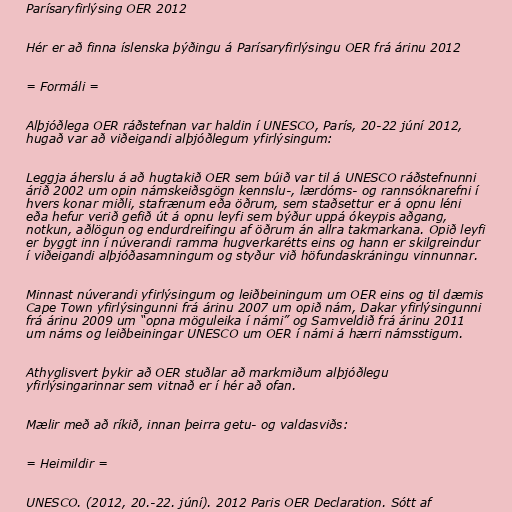
Parísaryfirlýsing OER 2012

Hér er að finna íslenska þýðingu á Parísaryfirlýsingu OER frá árinu 2012

= Formáli =

Alþjóðlega OER ráðstefnan var haldin í UNESCO, París, 20-22 júní 2012,
hugað var að viðeigandi alþjóðlegum yfirlýsingum:

Leggja áherslu á að hugtakið OER sem búið var til á UNESCO ráðstefnunni
árið 2002 um opin námskeiðsgögn kennslu-, lærdóms- og rannsóknarefni í
hvers konar miðli, stafrænum eða öðrum, sem staðsettur er á opnu léni
eða hefur verið gefið út á opnu leyfi sem býður uppá ókeypis aðgang,
notkun, aðlögun og endurdreifingu af öðrum án allra takmarkana. Opið leyfi
er byggt inn í núverandi ramma hugverkarétts eins og hann er skilgreindur
í viðeigandi alþjóðasamningum og styður við höfundaskráningu vinnunnar.

Minnast núverandi yfirlýsingum og leiðbeiningum um OER eins og til dæmis
Cape Town yfirlýsingunni frá árinu 2007 um opið nám, Dakar yfirlýsingunni
frá árinu 2009 um “opna möguleika í námi” og Samveldið frá árinu 2011
um náms og leiðbeiningar UNESCO um OER í námi á hærri námsstigum.

Athyglisvert þykir að OER stuðlar að markmiðum alþjóðlegu
yfirlýsingarinnar sem vitnað er í hér að ofan.

Mælir með að ríkið, innan þeirra getu- og valdasviðs:

= Heimildir =

UNESCO. (2012, 20.-22. júní). 2012 Paris OER Declaration. Sótt af